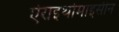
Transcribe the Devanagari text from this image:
ऐराइथोमाइसीन